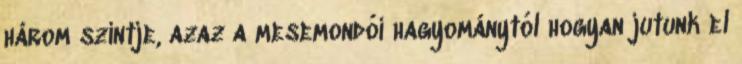
három szintje, azaz a mesemondói hagyománytól hogyan jutunk el